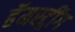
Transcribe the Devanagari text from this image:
हॅमस्ट्रींग